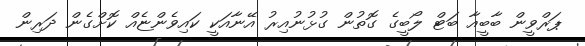
ޕަރްވީން ބާބީއާ ބަޓް ލޯބީގެ ގޮތުން ގުޅުނުއިރު އޭނާއަކީ ކައިވެންޏެއް ކޮށްގެން ދަރިން